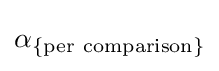
\alpha _{\mathrm {\{per\ comparison\}} }